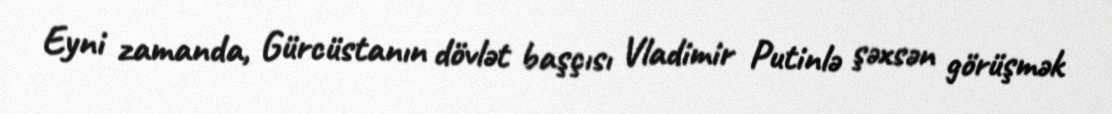
Eyni zamanda, Gürcüstanın dövlət başçısı Vladimir Putinlə şəxsən görüşmək